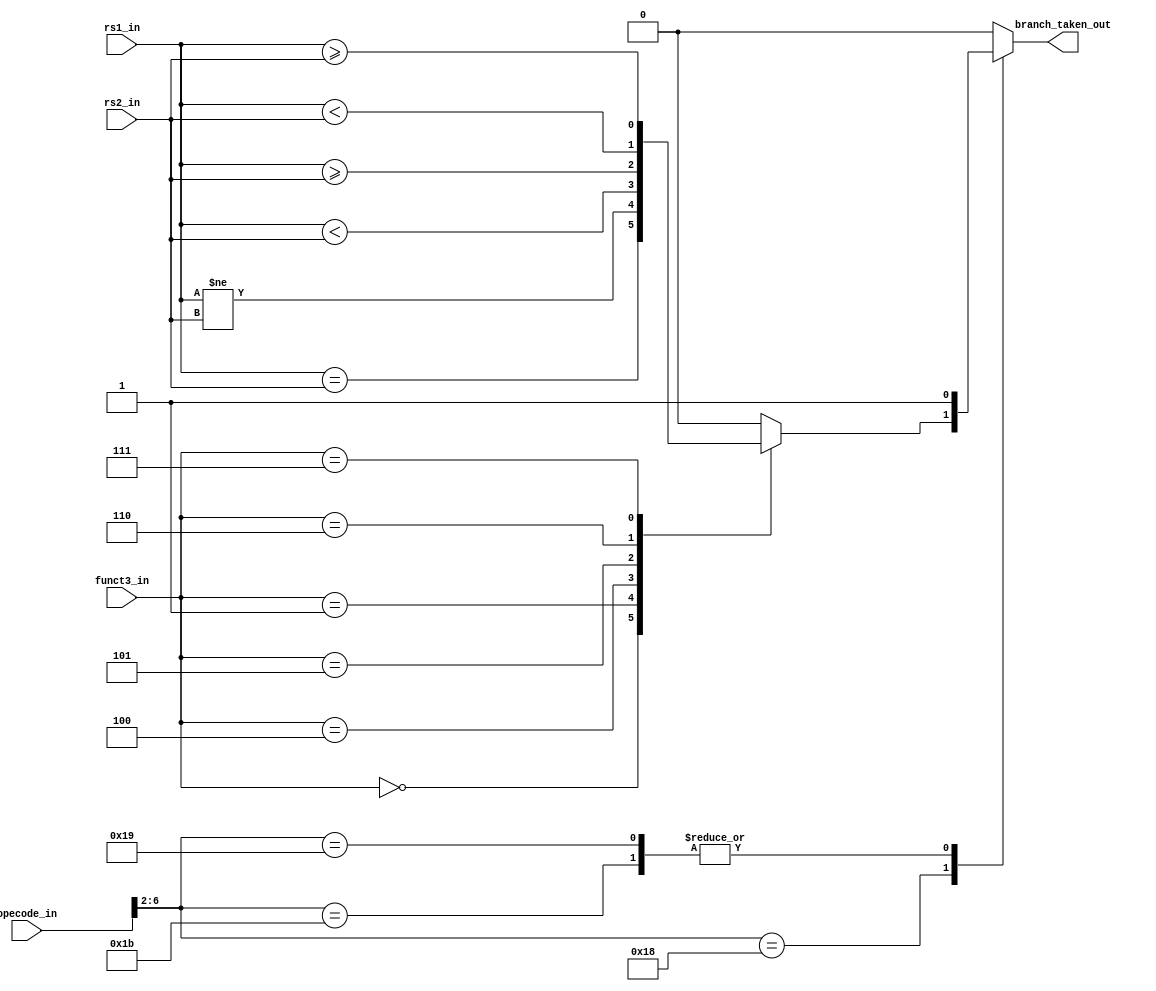
`timescale 1ns / 1ps
//////////////////////////////////////////////////////////////////////////////////
// Company: 
// Engineer: 
// 
// Design Name: 
// Module Name: msrv32_branch_unit
// Project Name: 
// Target Devices: 
// Tool Versions: 
// Description: 
// 
// Dependencies: 
// 
// Revision:
// Revision 0.01 - File Created
// Additional Comments:
// 
//////////////////////////////////////////////////////////////////////////////////


module msrv32_branch_unit(rs1_in,rs2_in, opecode_in,funct3_in,branch_taken_out);
input [31:0] rs1_in;
input [31:0] rs2_in;
input [6:0]  opecode_in;
input [2:0] funct3_in;
output reg branch_taken_out;
wire signed[31:0] rs1,rs2;
assign rs1= rs1_in;
assign rs2= rs2_in;
always @(*)
begin
    case(opecode_in[6:2])
    5'b11000: begin
        case(funct3_in)
            3'b000 : branch_taken_out = (rs1_in == rs2_in);
            3'b001 : branch_taken_out = (rs1_in != rs2_in);
            3'b100 : branch_taken_out = (rs1 <rs2);
            3'b101 : branch_taken_out = (rs1 >=rs2);
            3'b110 : branch_taken_out = (rs1_in < rs2_in);
            3'b111 : branch_taken_out = (rs1_in >= rs2_in);
            default :branch_taken_out =0;
         endcase
    end
    5'b11011: branch_taken_out=1; //jal
    5'b11001:branch_taken_out =1; //jalr 
    default :branch_taken_out =0;
    endcase
end
endmodule